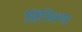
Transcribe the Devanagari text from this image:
सिनिक्स